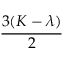
\frac { 3 ( K - \lambda ) } { 2 }